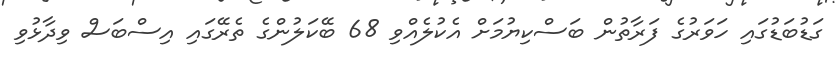
ގަޑުބަޑުގައި ހަވަރުގެ ފަރާތުން ބަސްކިޔުމަށް އެކުލެއްވި 68 ބޭކަލުންގެ ތެރޭގައި އިސްބަސް ވިދާޅުވި